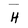
Character: H